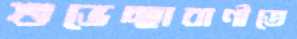
শুভেচ্ছাবাণীতে